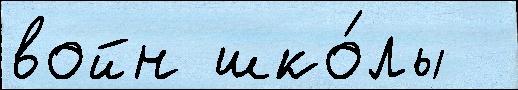
войн шко́лы